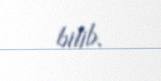
bilib.